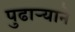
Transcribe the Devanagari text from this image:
पुढार्‍याने